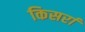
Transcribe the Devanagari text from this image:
किसर्रा